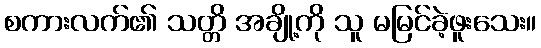
စကားလက်၏ သတ္တိ အချို့ကို သူ မမြင်ခဲ့ဖူးသေး။